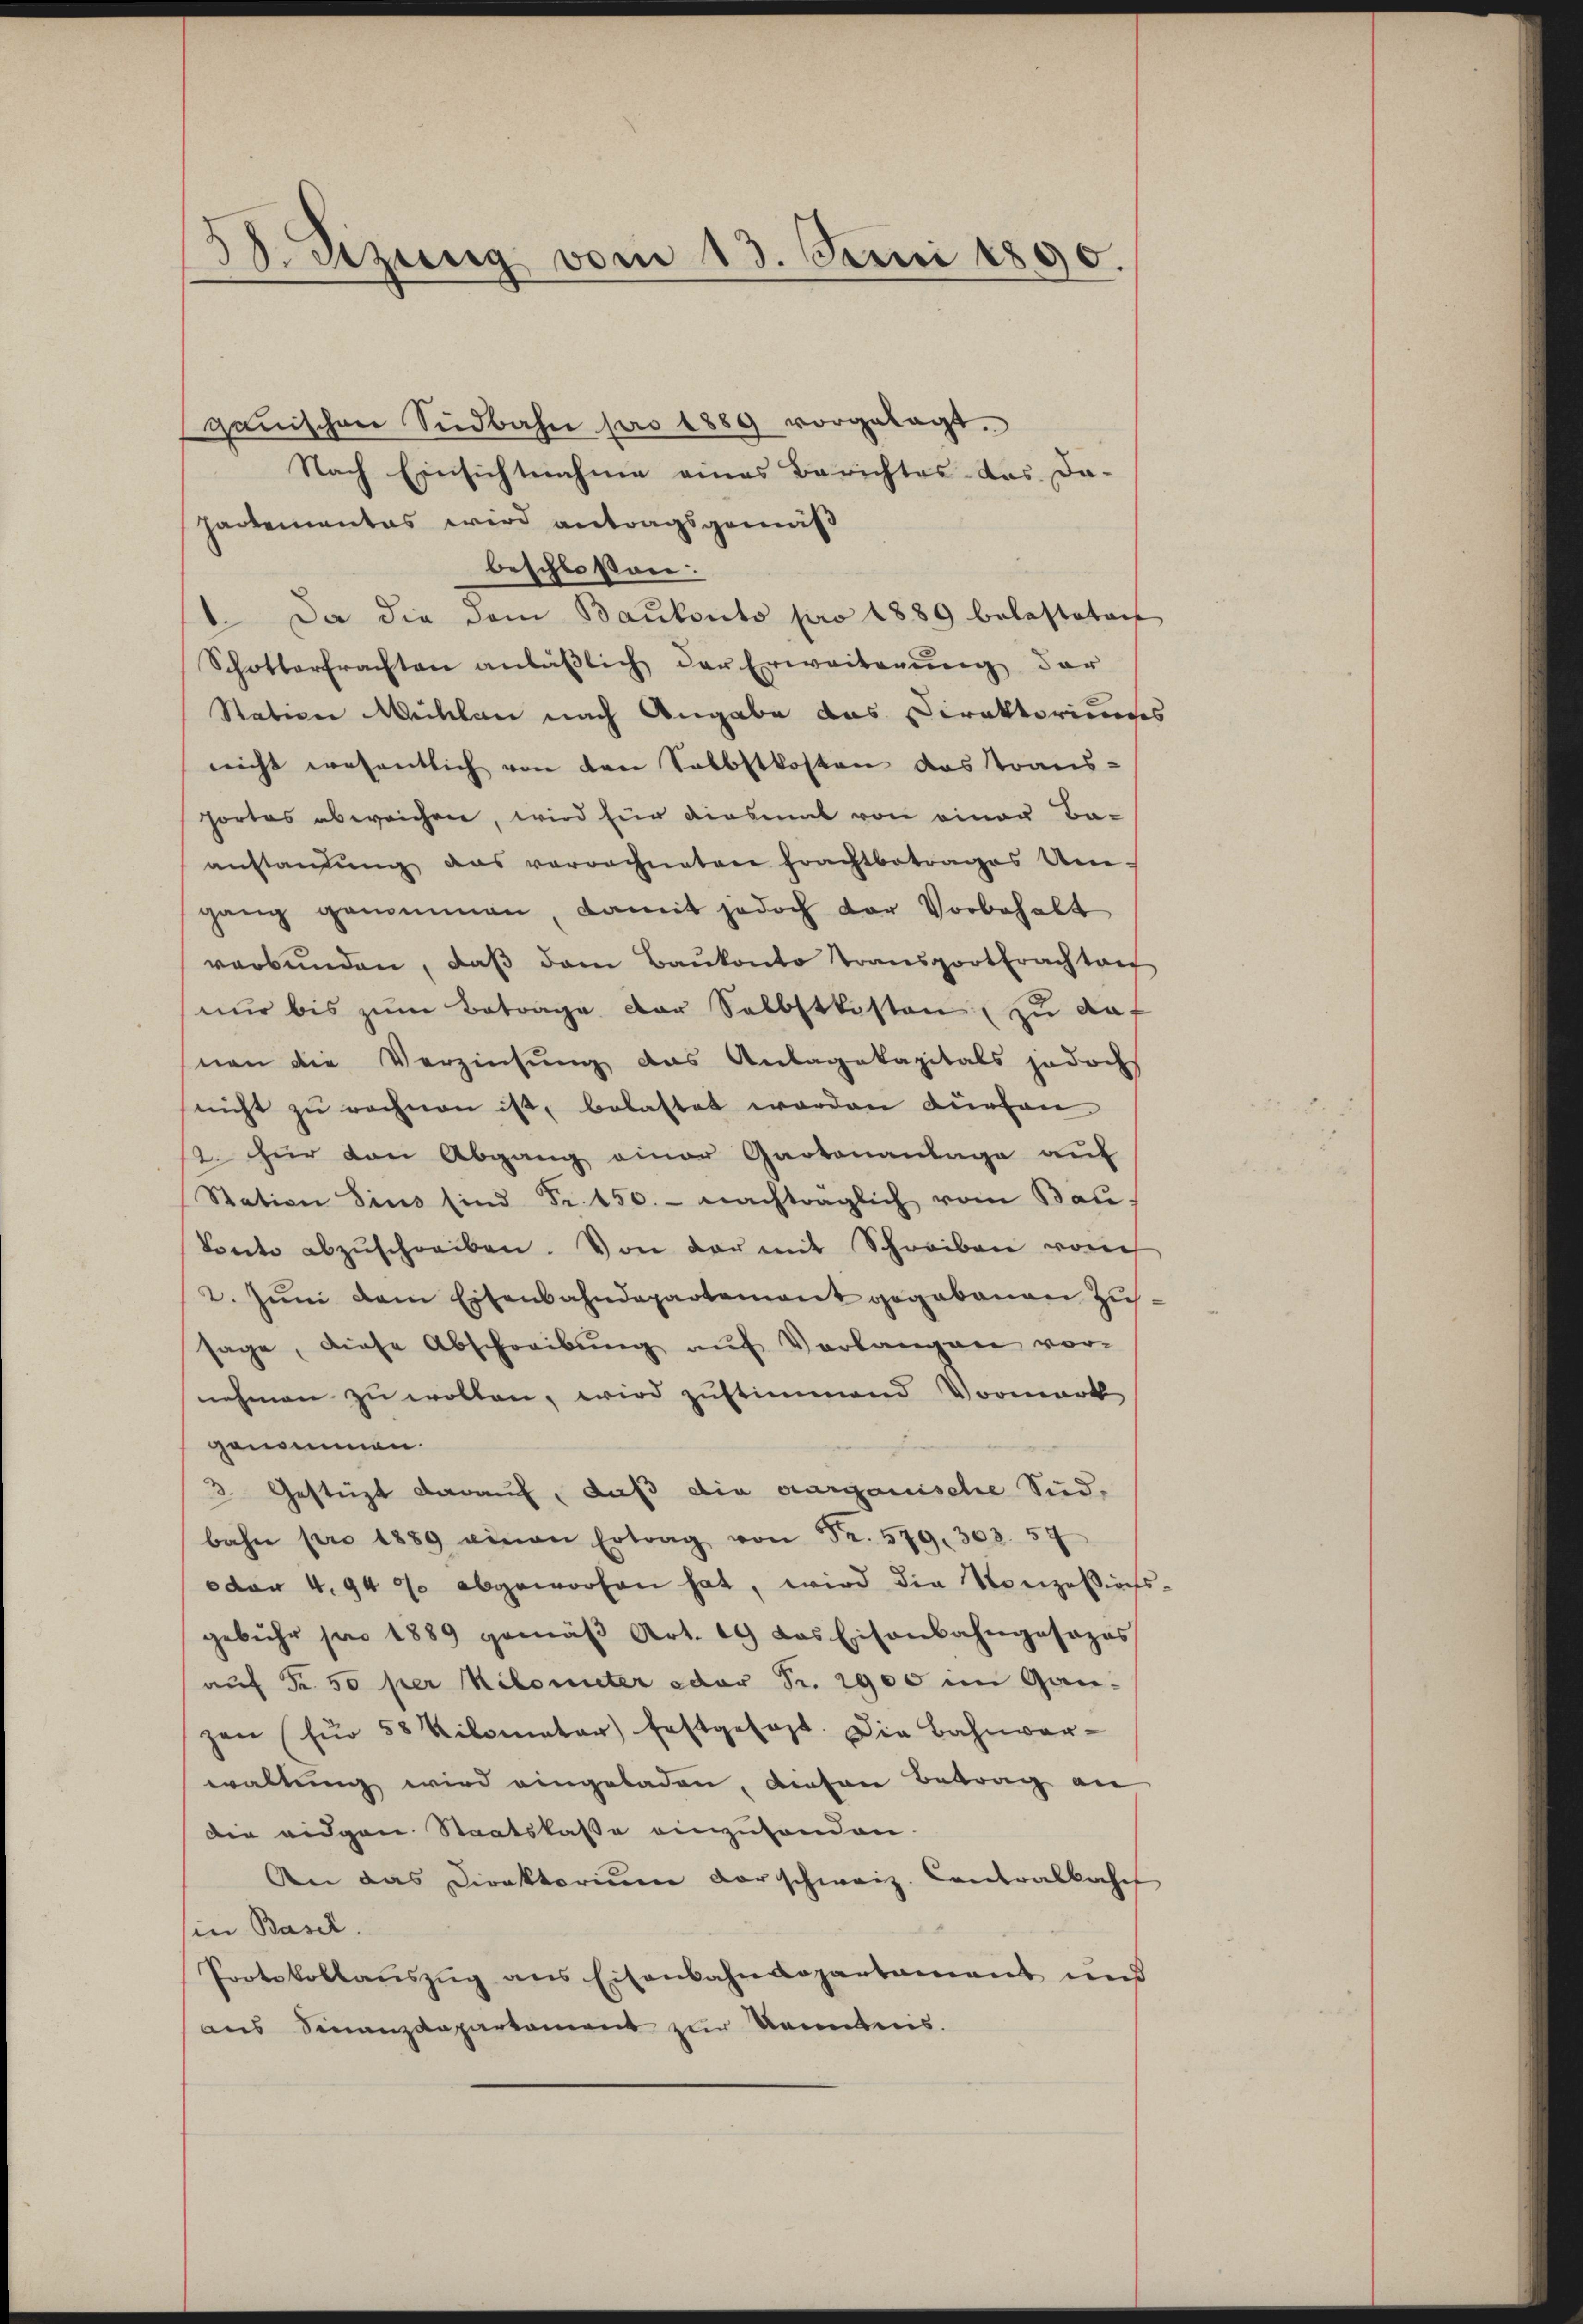
38. Sitzung vom 13. Juni 1890.

ganischen Südbahn pro 1889 vorgelegt.
Nach Einsichtnahme eines Berichtes das Da-
hartementes wird antragsgemäß
beschloßen:
1. Da die dem Baukonto pro 1889 belasteten
Schotterfrachten anläβlich der Erweiterŭng der
Station Mecklen nach Angabe das Direktoriums
nicht wesentlich von den Selbstkosten das Strans-
fortes abweichen, wird für diesmal von einer Ba-
anstanfŭng das verrechneten Frachtbetrages Um-
gang genommen, damit jedoch der Vorbehalt
verbŭnden, daβ dem Baŭkonto transporttrachtanf
nur bis zum Betrage der Selbstkisten zu auf
nen die Verzinsung das Anlagekapitals jedoch
(nicht zu rechnen ist, belastet worden dürfen
2. für den Abgang einer Gartenanlage auf
Station Sins sind Fr. 150.- nachträglich vom Bau-
Vonto abzŭschreiben. Von der mit Schreiben vom
2. Jŭni dem Eisenbahndepartement gegebenen Zŭs.
sage, diese Abschreibŭng aŭf Verlangen vor-
nehmen zu wollen, wird zustimmend Vormark
genommen.
2 Gestüzt darauf, daß die aargauische Sid-
bahn pro 1889 einen Ertrag von Fr. 579. 303. 57
dar 4. 940 abgeworfen hat, wird die Konzessions-
gebühr pro 1889 gemäβ Art. 14) das Eisenbahngesages
auf Fr. 50 per Kilomiter oder Fr. 2900 im Gan-
gen (für 58 Kilometer festgesagt. Die Bahnver-
waltung wird eingeladen, diesen Betrag an
die eidgen Staatskasse einzuhanden.
An das Direktorium darschweiz. Contralkoche
in Basel.
Protokollauszug aus Eisenbahndepartament und
aus Finanzdepartament zur Kenntnis.